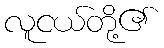
လူငယ်တို့၏